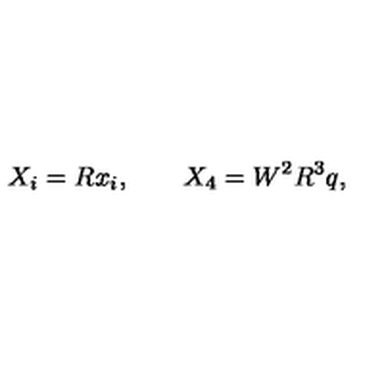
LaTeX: X _ { i } = R x _ { i } , \qquad X _ { 4 } = W ^ { 2 } R ^ { 3 } q ,